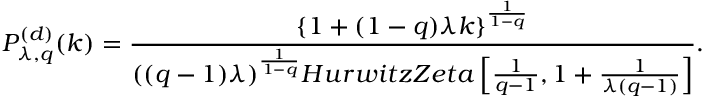
P _ { \lambda , q } ^ { ( d ) } ( k ) = \frac { \{ 1 + ( 1 - q ) \lambda k \} ^ { \frac { 1 } { 1 - q } } } { ( ( q - 1 ) \lambda ) ^ { \frac { 1 } { 1 - q } } H u r w i t z Z e t a \left[ \frac { 1 } { q - 1 } , 1 + \frac { 1 } { \lambda ( q - 1 ) } \right] } .